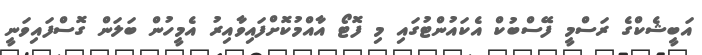
އަބީޝެކްގެ ރަސްމީ ފޭސްބުކް އެކައުންޓުގައި މި ފޮޓޯ އާއްމުކޮށްފައިވާއިރު އެމީހުން ބަލަން ގޮސްފައިވަނީ